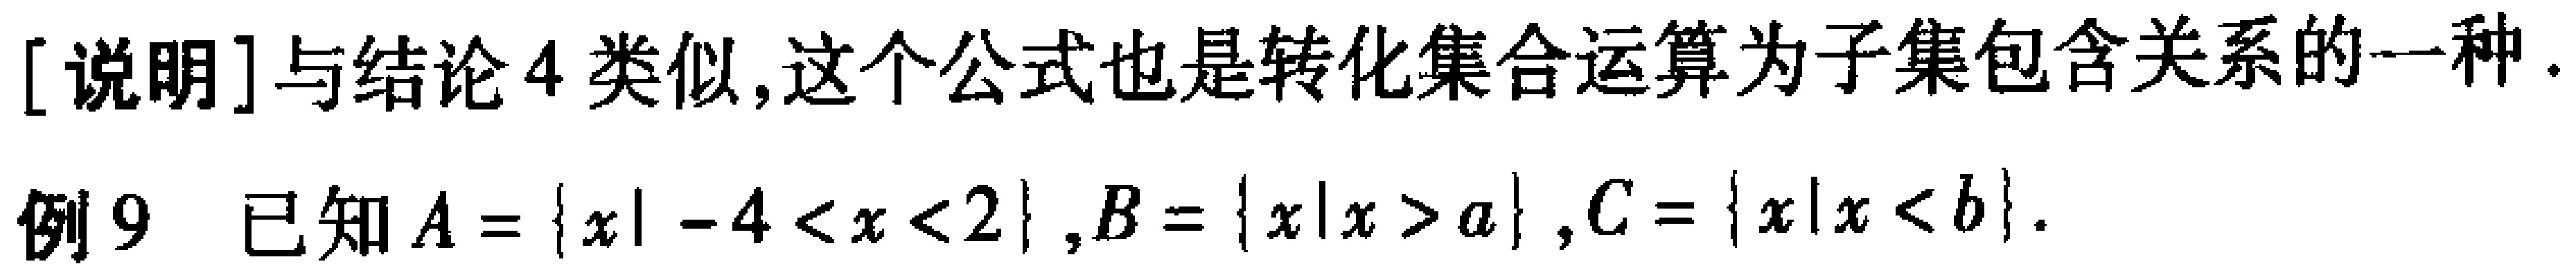
[说明]与结论4类似,这个公式也是转化集合运算为子集包含关系的一种.
例9 已知\(A = \{x\mid -4 < x < 2\}\), \(B = \{x\mid x > a\}\), \(C = \{x\mid x < b\}\).